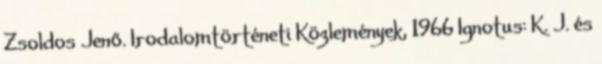
Zsoldos Jenő. Irodalomtörténeti Közlemények, 1966 Ignotus: K. J. és